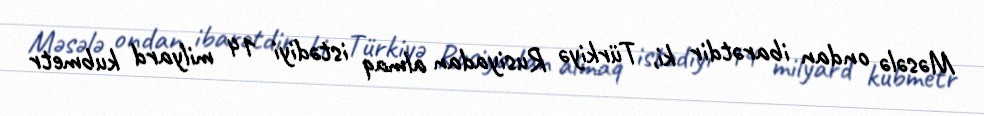
Məsələ ondan ibarətdir ki, Türkiyə Rusiyadan almaq istədiyi 14 milyard kubmetr